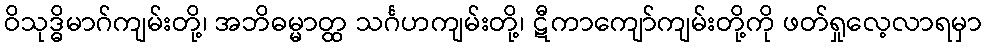
ဝိသုဒ္ဓိမာဂ်ကျမ်းတို့၊ အဘိဓမ္မာတ္ထ သင်္ဂဟကျမ်းတို့၊ ဋီကာကျော်ကျမ်းတို့ကို ဖတ်ရှုလေ့လာရမှာ